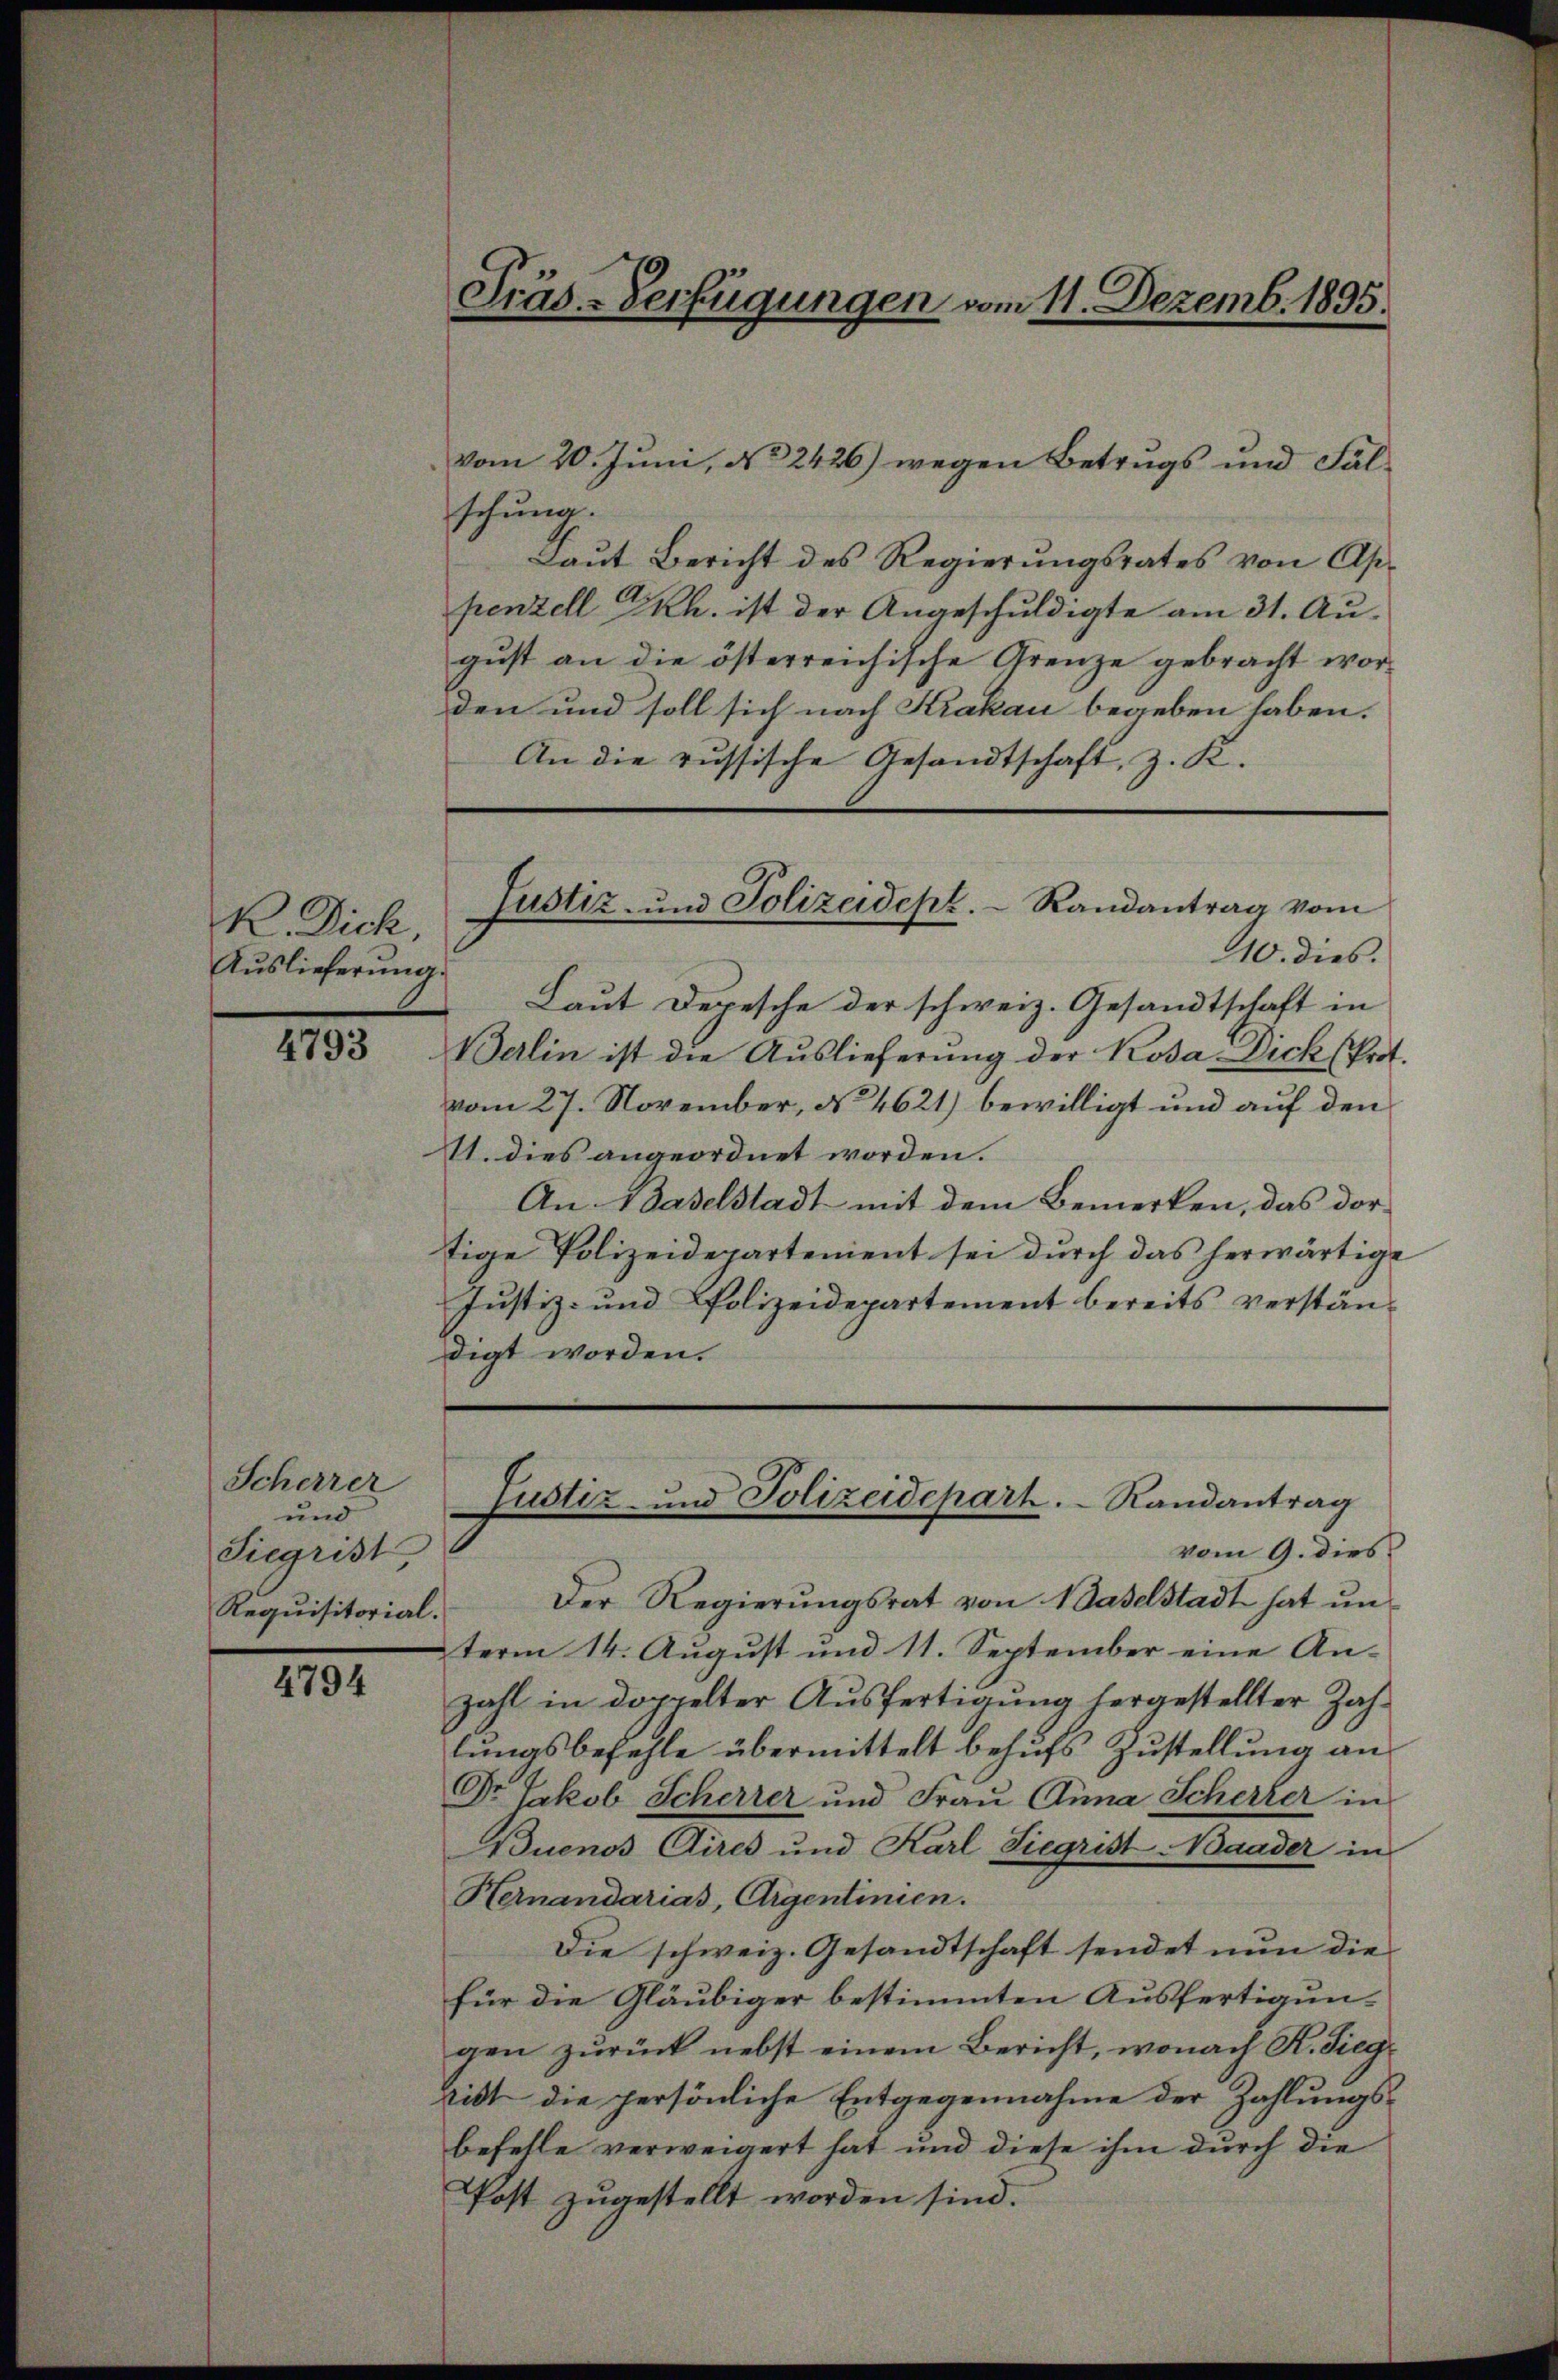
K. Dich
Auslieferung.

4793

Scherrer
und
Siegrist,
Requisitorial.

4794

Präs-Verfügungen vom 11. Dezemb. 1895.

vom 20. Juni, No 2426) wegen Betrugs und Fälschung.
Laŭt Bericht des Regierŭngsrates von Ap-
penzell GRh. ist der Angeschuldigte am 31. August an die österreichische Grenze gebracht worden und soll sich nach Krakau begeben haben.
An die russische Gesandtschaft, z. K.
10. dies.
Laut Depesche der schweiz. Gesandtschaft in
Berlin ist die Auslieferung der Kosa Dick (Prot.
vom 27. November, No 4621) bewilligt und auf den
A. dies angeordnet worden.
An Baselstadt mit dem Bemerken, das dor-
tige Polizeidepartement sei durch das herwärtige
Justiz- und Polizeidepartement bereits verständigt worden.
Justiz- und Polizeidepart.   Randantrag
vom 9. dies
Der Regierungsrat von Baselstadt hat unterm 14. August und 11. September eine An-
zahl in doppelter Ausfertigung hergestellter Zahlungsbefehle übermittelt behufs Zustellung an
Dr Erkob Scherrer und Frau Anna Scherter in
Buenos Aires und Karl Siegrist-Baader in
Hernandarias, Aigentinien.
Die schweiz. Gesandtschaft sendet nun die
für die Gläubiger bestimmten Ausfertigungen zurück nebst einem Bericht, wonach R. Siegtist die persönliche Entgegennahme der Zahlungsbefelle verweigert hat und diese ihm durch die
Post zugestellt worden sind.

Justiz- und Polizeidept. Randantrag vom